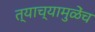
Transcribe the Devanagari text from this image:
त्याच्यामुळेंच